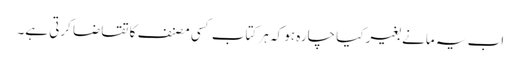
اب یہ مانے بغیر کیا چارہ ہو کہ ہر کتاب کسی مصنف کا تقاضا کرتی ہے۔